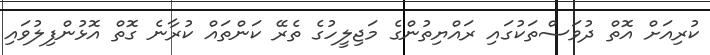
ކުރިއަށް އޮތް ދުވަސްތަކުގައި ރައްޔިތުންގެ މަޖިލީހުގެ ތެރޭ ކަންތައް ކުރާނެ ގޮތް އޮޅުންފިލުވައި